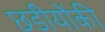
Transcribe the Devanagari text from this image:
छडीयोंकी